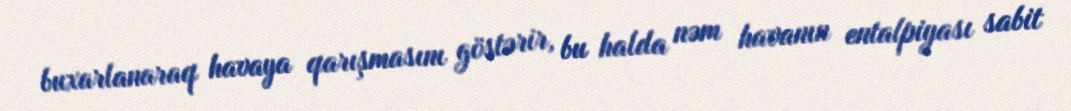
buxarlanaraq havaya qarışmasını göstərir, bu halda nəm havanın entalpiyası sabit